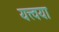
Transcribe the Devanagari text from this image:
यत्त्वया